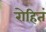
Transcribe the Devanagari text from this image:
रोहितं